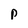
Character: P